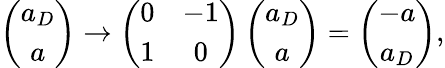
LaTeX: \left(\begin{array}{c}{{a_{D}}}\\ {{a}}\end{array}\right)\rightarrow\left(\begin{array}{cc}{{0}}&{{-1}}\\ {{1}}&{{0}}\end{array}\right)\left(\begin{array}{c}{{a_{D}}}\\ {{a}}\end{array}\right)=\left(\begin{array}{c}{{-a}}\\ {{a_{D}}}\end{array}\right),